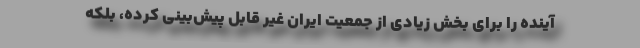
آینده را برای بخش زیادی از جمعیت ایران غیر قابل پیش‌بینی کرده، بلکه